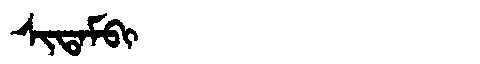
Manchu: ᠰᡳᡨᠠᠮᠪᡳ
Romanization: SITAMBI